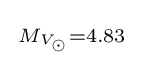
{\begin{smallmatrix}M_{V_{\odot }}=4.83\end{smallmatrix}}